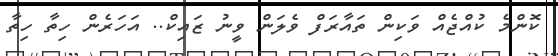
ކޮންމެ ކުއްޖެއް ވަކިން ތައާރަފް ވެލަން ވީނު ޒައިކް.. އަހަރެން ހިތާ ހިތާ